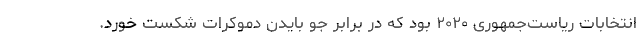
انتخابات ریاست‌جمهوری ۲۰۲۰ بود که در برابر جو بایدن دموکرات شکست خورد.